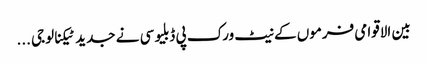
بین الاقوامی فرموں کے نیٹ ورک پی ڈبلیو سی نے جدید ٹیکنالوجی ...